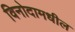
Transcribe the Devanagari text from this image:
विनोदामधील